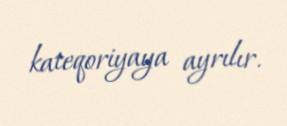
kateqoriyaya ayrılır.